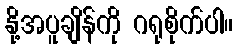
နို့အပူချိန်ကို ဂရုစိုက်ပါ။